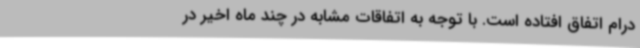
درام اتفاق افتاده است. با توجه به اتفاقات مشابه در چند ماه اخیر در